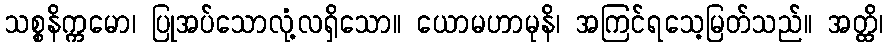
သစ္စနိက္ကမော၊ ပြုအပ်သောလုံ့လရှိသော။ ယောမဟာမုနိ၊ အကြင်ရသေ့မြတ်သည်။ အတ္ထိ၊